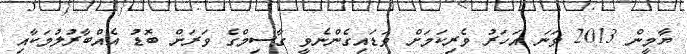
ޔާމީން 2013 ވަނަ އަހަރު ވެރިކަމަށް ވަޑައިގެންނެވީ ގާސިމްގެ ވަރަށް ބޮޑު އެއްބާރުލުމަކާއި